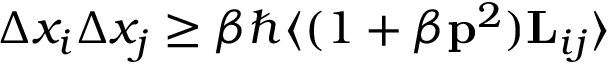
\Delta x _ { i } \Delta x _ { j } \ge \beta \hbar \langle ( 1 + \beta { { \bf \vec { p } } } ^ { 2 } ) { \bf { L } } _ { i j } \rangle